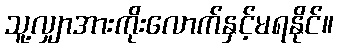
သူ့လျှာအားကိုးလောက်နှင့်မရနိုင်။